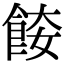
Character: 𩛌